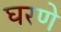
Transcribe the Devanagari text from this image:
घरणे